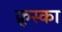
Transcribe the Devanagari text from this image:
क्रूस्का